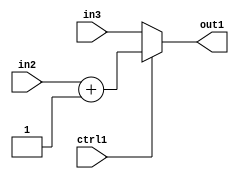
`timescale 1ps / 1ps
/*****************************************************************************
    Verilog RTL Description
    
    
    Created by: CellMath Designer 2019.1.01 
*******************************************************************************/

module finish_gen_MuxAdd2i1u32u32u1_4 (
	in3,
	in2,
	ctrl1,
	out1
	); /* architecture "behavioural" */ 
input [31:0] in3,
	in2;
input  ctrl1;
output [31:0] out1;
wire [31:0] asc001,
	asc002;

assign asc002 = 
	+(in2)
	+(32'B00000000000000000000000000000001);

reg [31:0] asc001_tmp_0;
assign asc001 = asc001_tmp_0;
always @ (ctrl1 or asc002 or in3) begin
	case (ctrl1)
		1'B1 : asc001_tmp_0 = asc002 ;
		default : asc001_tmp_0 = in3 ;
	endcase
end

assign out1 = asc001;
endmodule

/* CADENCE  v7b0Tw8= : u9/ySgnWtBlWxVPRXgAZ4Og= ** DO NOT EDIT THIS LINE ******/